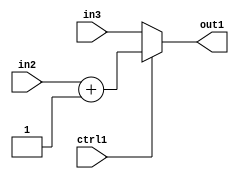
`timescale 1ps / 1ps
/*****************************************************************************
    Verilog RTL Description
    
    
    Created by: CellMath Designer 2019.1.01 
*******************************************************************************/

module finish_gen_MuxAdd2i1u32u32u1_4 (
	in3,
	in2,
	ctrl1,
	out1
	); /* architecture "behavioural" */ 
input [31:0] in3,
	in2;
input  ctrl1;
output [31:0] out1;
wire [31:0] asc001,
	asc002;

assign asc002 = 
	+(in2)
	+(32'B00000000000000000000000000000001);

reg [31:0] asc001_tmp_0;
assign asc001 = asc001_tmp_0;
always @ (ctrl1 or asc002 or in3) begin
	case (ctrl1)
		1'B1 : asc001_tmp_0 = asc002 ;
		default : asc001_tmp_0 = in3 ;
	endcase
end

assign out1 = asc001;
endmodule

/* CADENCE  v7b0Tw8= : u9/ySgnWtBlWxVPRXgAZ4Og= ** DO NOT EDIT THIS LINE ******/